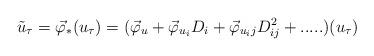
LaTeX: \begin{align*}\tilde u_\tau = \vec \varphi_* (u_\tau) = ( \vec \varphi_u + \vec \varphi_{u_i}D_i + \vec \varphi_{u_ij}D^2_{ij} +..... )(u_\tau)\end{align*}